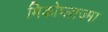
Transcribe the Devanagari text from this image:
मिकोप्लाज़्मा